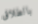
بالطلاق